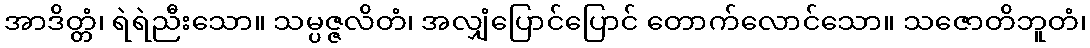
အာဒိတ္တံ၊ ရဲရဲညီးသော။ သမ္ပဇ္ဇလိတံ၊ အလျှံပြောင်ပြောင် တောက်လောင်သော။ သဇောတိဘူတံ၊